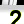
Digit: 2